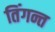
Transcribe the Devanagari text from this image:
तिंगन्त